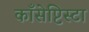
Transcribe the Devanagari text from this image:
काँसेप्टिस्टा